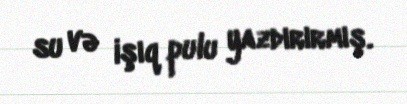
su və işıq pulu yazdırırmış.